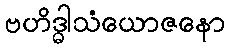
ဗဟိဒ္ဓါသံယောဇနော